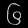
Digit: ၆